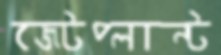
জেটপ্লান্ট